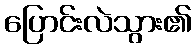
ပြောင်းလဲသွား၏